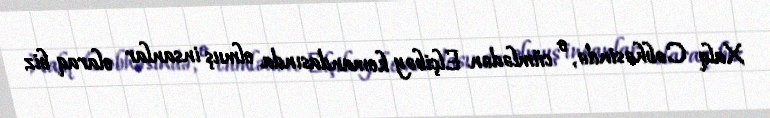
Xalq Cəbhəsində, o cümlədən Elçibəy komandasında olmuş insanlar olaraq biz